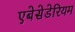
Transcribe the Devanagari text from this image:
एबेसेडेरियम